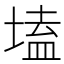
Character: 𡏖